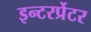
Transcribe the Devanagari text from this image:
इन्टरर्प्रेटर